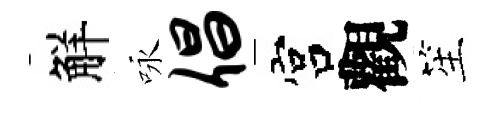
觧咏倡宫觀笙